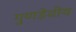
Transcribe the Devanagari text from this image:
गुणडेवीय